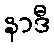
နာဒီ